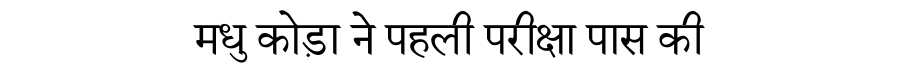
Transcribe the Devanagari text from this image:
मधु कोड़ा ने पहली परीक्षा पास की